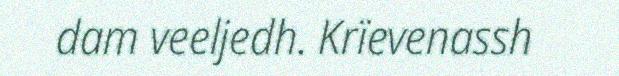
dam veeljedh. Krïevenassh